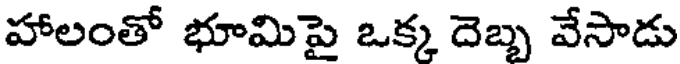
హాలంతో భూమిపై ఒక్క దెబ్బ వేసాడు